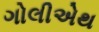
ગોલીએથ